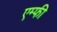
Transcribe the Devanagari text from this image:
एम्फी